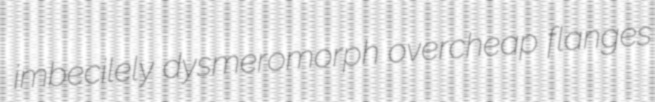
imbecilely dysmeromorph overcheap flanges